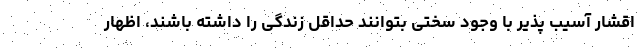
اقشار آسیب پذیر با وجود سختی بتوانند حداقل زندگی را داشته باشند، اظهار